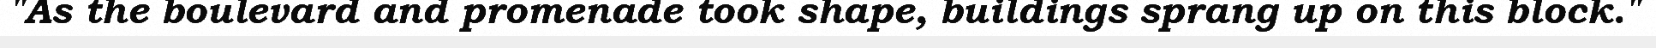
"As the boulevard and promenade took shape, buildings sprang up on this block."